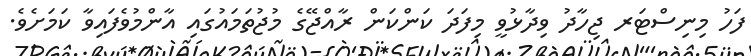
ފަހު މިނިސްޓަރ ޖިހާދު ވިދާޅުވީ މިފަދަ ކަންކަން ރާއްޖޭގެ މުޖުތަމައުގައި އާންމުވެފައިވާ ކަމަށެވެ.